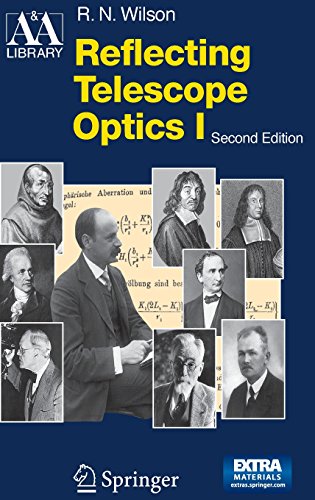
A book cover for Reflecting Telescope Optics I: Basic Design Theory and its Historical Development (Astronomy and Astrophysics Library) (Pt. 1); Raymond N. Wilson; Science & Math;